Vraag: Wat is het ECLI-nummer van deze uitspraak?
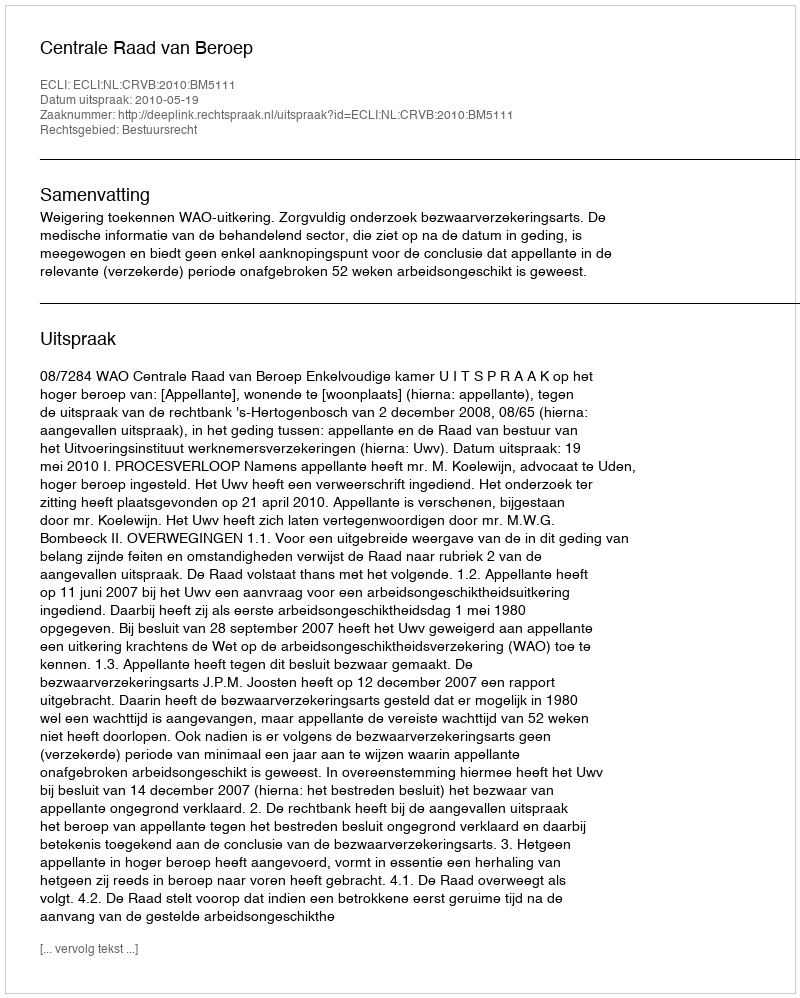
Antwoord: ECLI:NL:CRVB:2010:BM5111